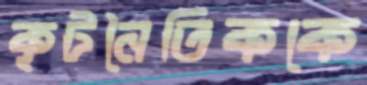
কূটনৈতিককে